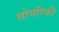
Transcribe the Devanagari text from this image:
सोयरिकी